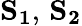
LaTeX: \mathbf{S_{1}},\, \mathbf{S_{2}}